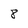
Character: 8